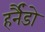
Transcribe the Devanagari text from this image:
हर्नैंडो